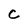
Character: C